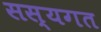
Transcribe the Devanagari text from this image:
सस्यगत